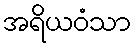
အရိယဝံသာ